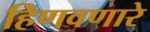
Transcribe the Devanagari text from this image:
हिणवणारे